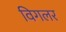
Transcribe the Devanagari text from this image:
विगलर